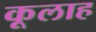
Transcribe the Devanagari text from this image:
कूलाह